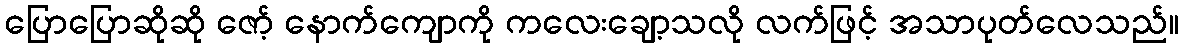
ပြောပြောဆိုဆို ဇော့် နောက်ကျောကို ကလေးချော့သလို လက်ဖြင့် အသာပုတ်လေသည်။